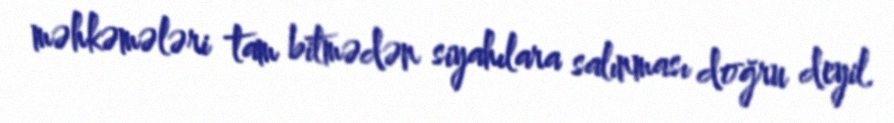
məhkəmələri tam bitmədən siyahılara salınması doğru deyil.